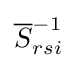
{\overline {S}}_{rsi}^{-1}